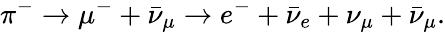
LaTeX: \pi^{-}\to\mu^{-}+\bar{\nu}_{\mu}\to e^{-}+\bar{\nu}_{e}+\nu_{\mu}+\bar{\nu}_{\mu}.